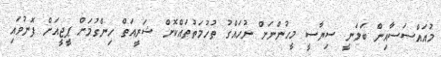
މުއައްސަސާއިން ބަލަނީ ސިޔާސީ މީހުންނަށް ނުހައްގު ތުހުމަތުތައްކޮށް ޝަރީއަތް ހިންގުމަށް ޕީޖީއަށް ފޮނުވައި